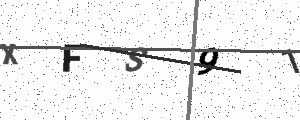
Text: XFS91